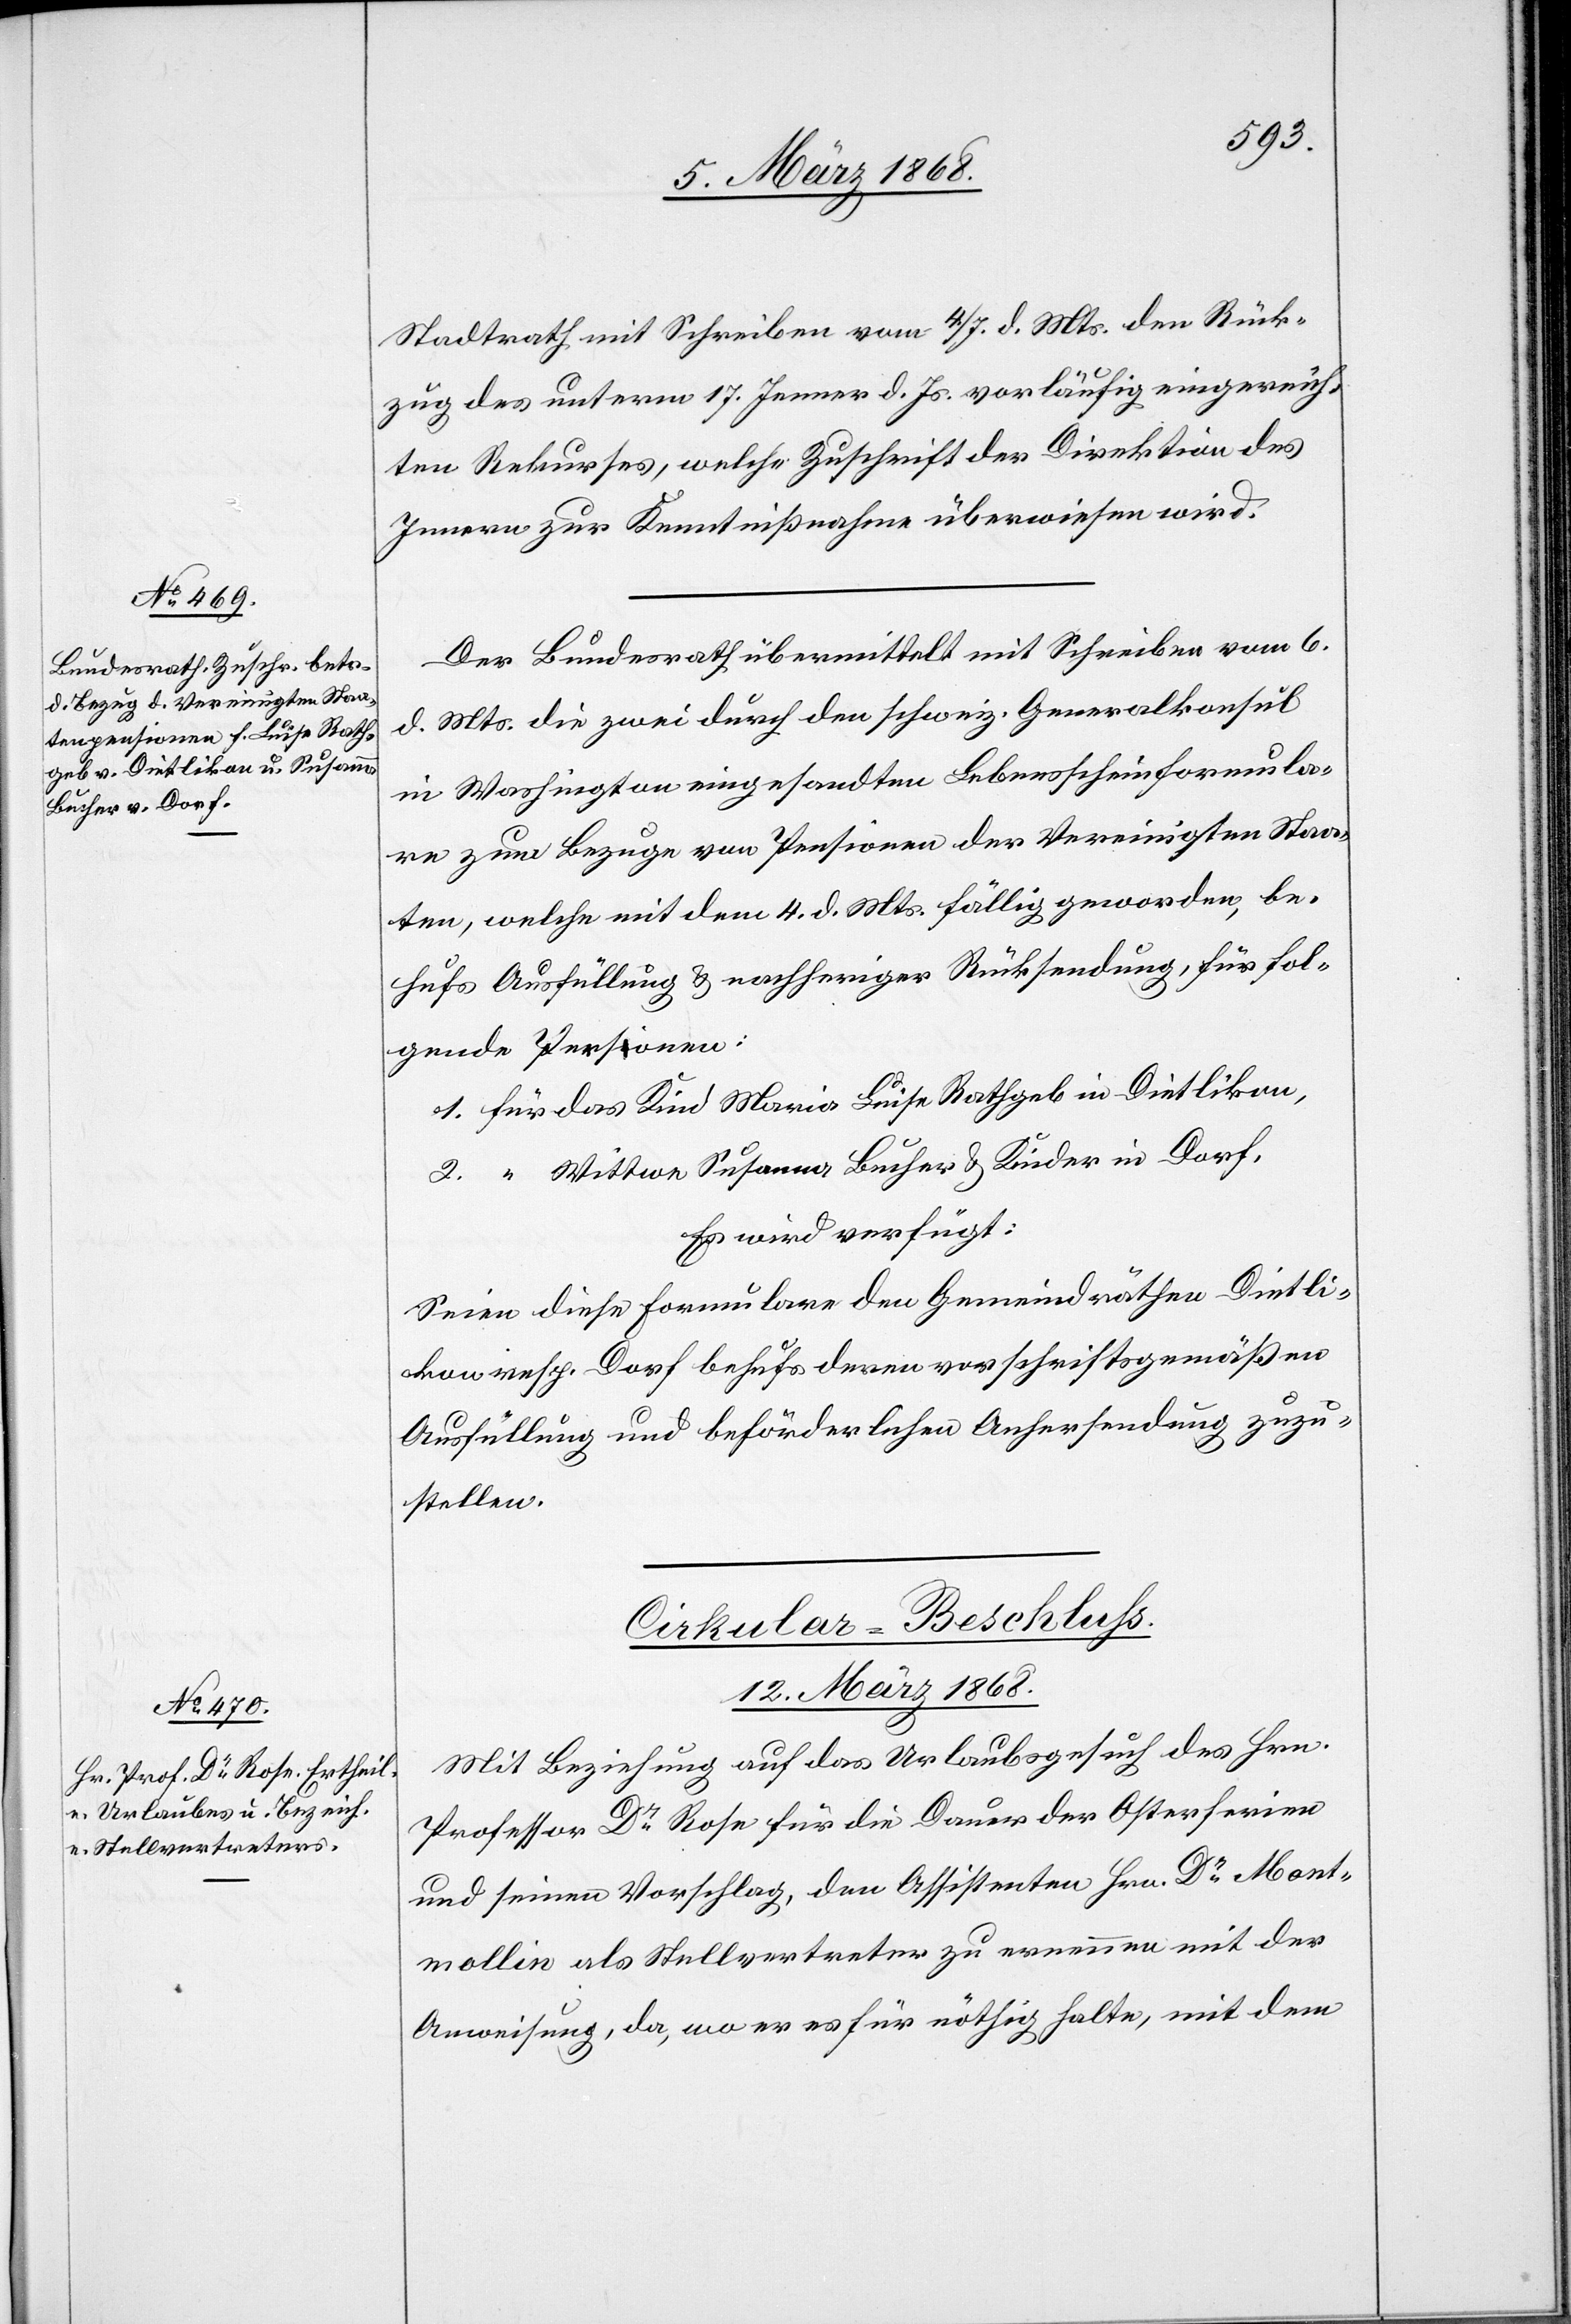
Stadtrath mit Schreiben vom 4. / 7. d. Mts. den Rück¬
zug des unterm 17. Jenner d. Js. vorläufig eingereich¬
ten Rekurses, welche Zuschrift der Direktion des
Innern zur Kenntnißnahme überwiesen wird.
Der Bundesrath übermittelt mit Schreiben vom 6.
d. Mts. die zwei durch den schweiz. Generalkonsul
in Washington eingesandten Lebensscheinformula¬
re zum Bezuge von Pensionen der Vereinigten Staa¬
ten, welche mit dem 4. d. Mts. fällig geworden, be¬
hufs Ausfüllung & nachheriger Rücksendung, für fol¬
gende Personen:
1. für das Kind Maria Luise Rathgeb in Dietlikon,
2. “ Wittwe Susanna Bucher & Kinder in Dorf.
Es wird verfügt:
Seien diese Formulare den Gemeindräthen Dietli¬
kon resp. Dorf behufs deren vorschriftsgemäßen
Ausfüllung und beförderlichen Anhersendung zuzu¬
stellen.
Cirkular-Beschluss.
12. März 1868.
Mit Beziehung auf das Urlaubsgesuch des Hrn.
Professor Dr. Rose für die Dauer der Osterferien
und seinen Vorschlag, den Assistenten Hrn. Dr. Mont¬
mollin als Stellvertreter zu ernennen mit der
Anweisung, da, wo er es für nöthig halte, mit dem